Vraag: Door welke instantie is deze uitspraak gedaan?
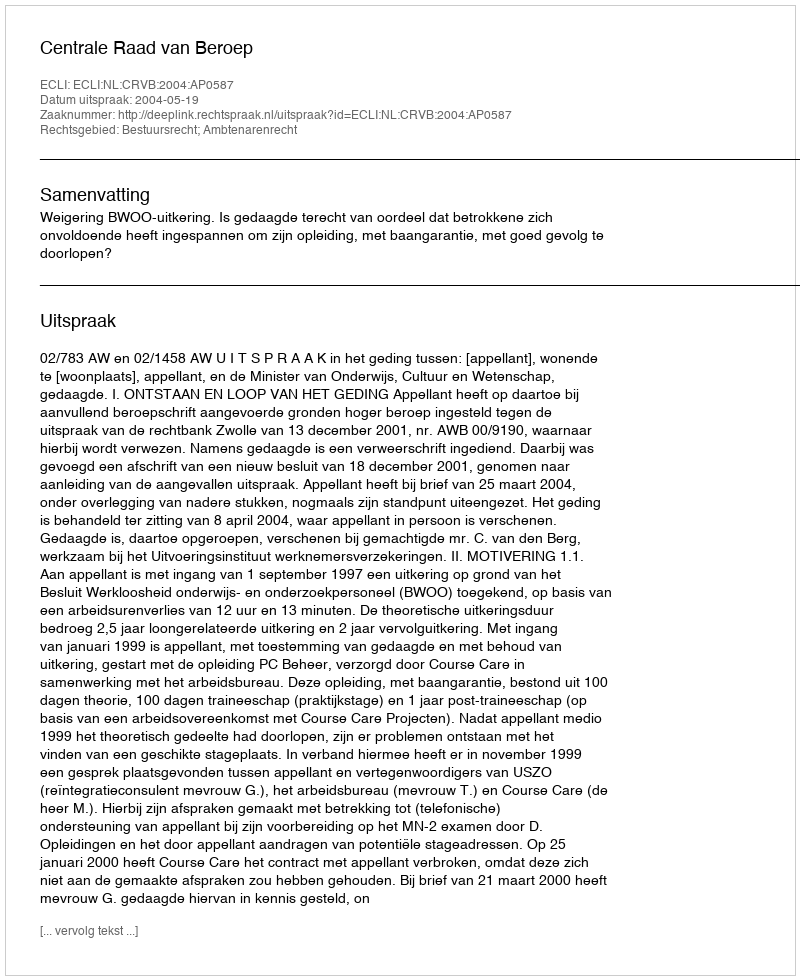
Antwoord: Centrale Raad van Beroep